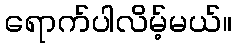
ရောက်ပါလိမ့်မယ်။